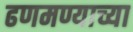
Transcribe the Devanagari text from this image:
ढणमण्याच्या